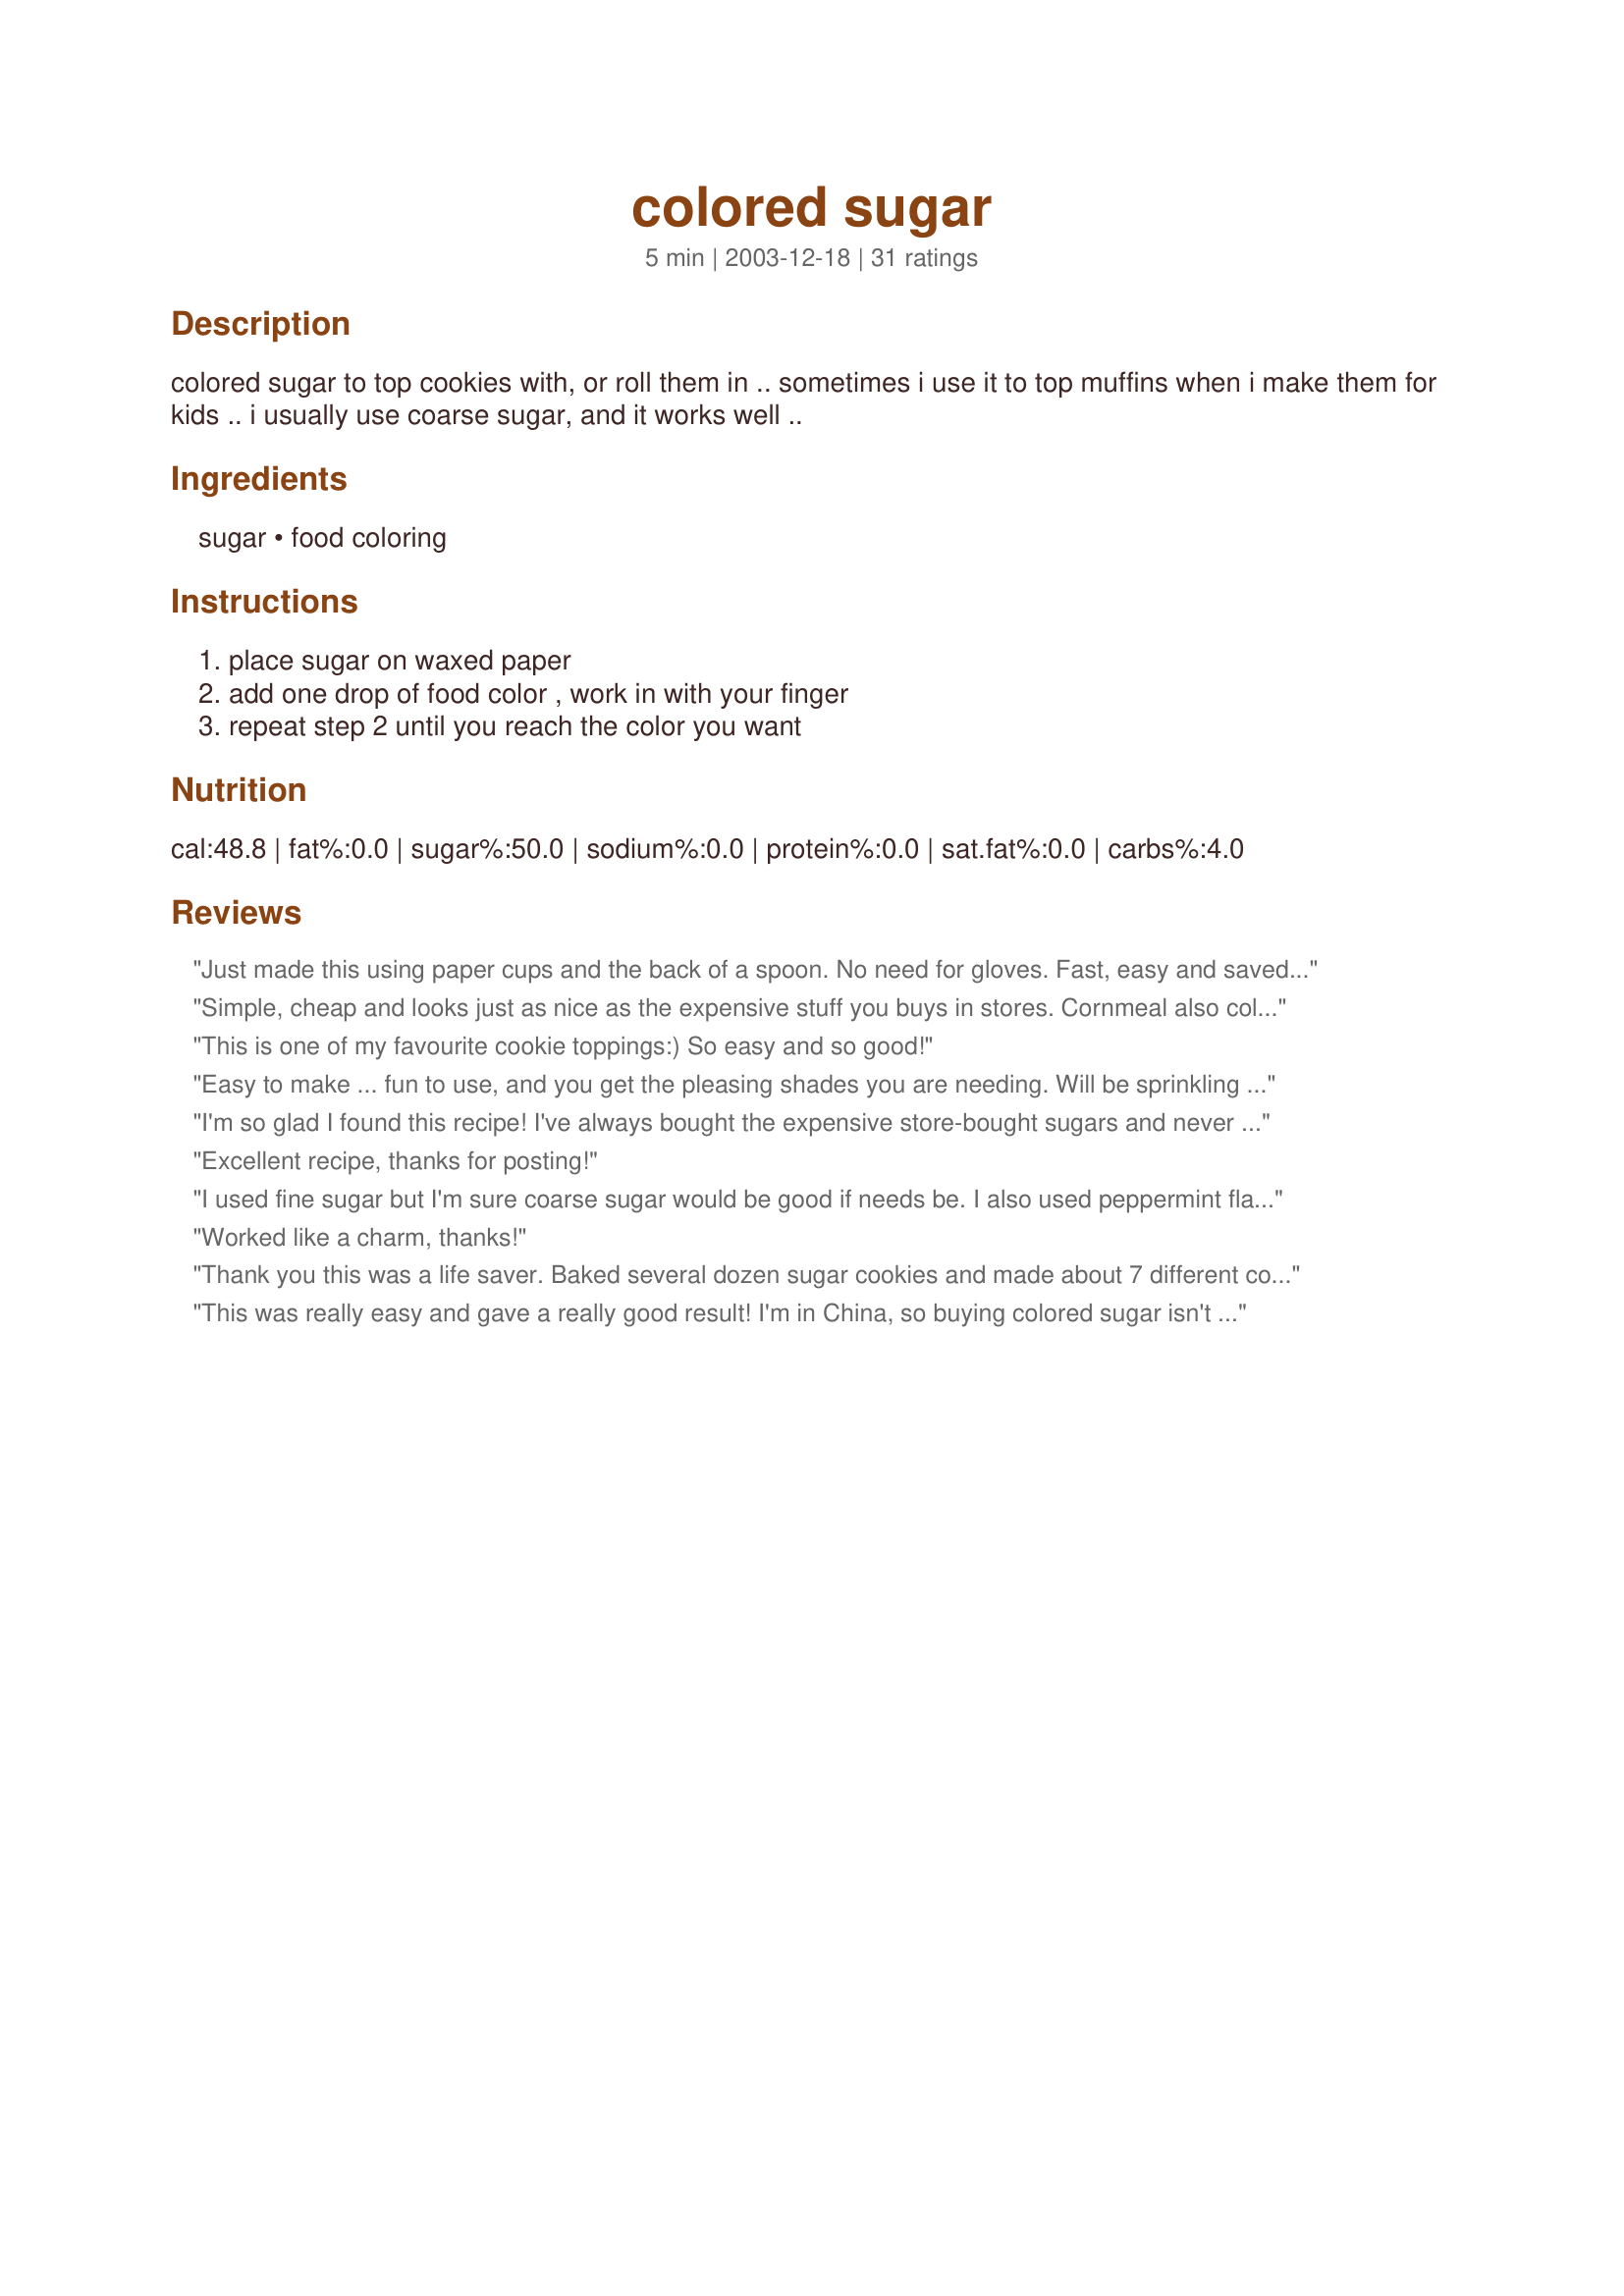
colored sugar
Preparation time: 5 minutes

colored sugar to top cookies with, or roll them in .. sometimes i use it to top muffins when i make them for kids .. i usually use coarse sugar, and it works well ..

Ingredients:
sugar, food coloring

Steps:
place sugar on waxed paper, add one drop of food color , work in with your finger, repeat step 2 until you reach the color you want

Reviews:
Just made this using paper cups and the back of a spoon. No need for gloves. Fast, easy and saved the day since sprinkles are hard to find where I live. Thanks!
UPDATE: Being a novice cook, I let my kids deco on the cookie sheet and thru it in the oven. The sugar that got spilled on the sheet burned and smoked up the kitchen. She lives and learns!!
Simple, cheap and looks just as nice as the expensive stuff you buys in stores. Cornmeal also colors easily for breads. I added red food coloring to 2 tablespoons of cornmeal and sprinkled on top of X and O shaped breadsticks for Valentines Day, they were prefect!
This is one of my favourite cookie toppings:) So easy and so good!
Easy to make ... fun to use, and you get the pleasing shades you are needing. Will be sprinkling this on my sugar cookies to add the festive look for the holiday season. Thanks for sharing najwa.
I'm so glad I found this recipe! I've always bought the expensive store-bought sugars and never even thought about trying to make my own. This recipe is so easy. I will never buy colored sugar again! Thanks you najwa for sharing this recipe!
Excellent recipe, thanks for posting!
I used fine sugar but I'm sure coarse sugar would be good if needs be. I also used peppermint flavouring and a plastic bag.
Worked like a charm, thanks!
Thank you this was a life saver. Baked several dozen sugar cookies and made about 7 different colors of sugar with my daughter. She was so excited to decorate the cookies with this sugar. Thank you.
This was really easy and gave a really good result! I'm in China, so buying colored sugar isn't an option. This will make my Christmas cookies much more colorful. I found that it helped to let it dry for a few hours before using, it sprinkled better that way.
So easy to make and compared to the prices they charge in the stores for coloured sugar, this has to be one of the best cooking "do-it-yourself" bargains around! I made light pink and baby blue sugar for topping sugar cookies with, for a baby shower.
thank you so very much for posting this recipe/hint at making your own colored sugar...
I now have so many different and pretty colors
really makes my christmas cookies look so pretty....
being that I am on a fixed income buying the colored sugar is not a option for me they are so expensive for what you get
I used the regular sugar I had and though I did have to let it sit for a little while before using that created no problem
it almost looks like glitter on the cookies..very pretty
I can't tell you how many diferent colors and shades of those colors I have but I am very glad I've kept many spice bottles their shakes tops really work wondeful for this...again thank you for sharing...
Much cheaper than buying it already colored. I usually mix mine in a bowl with the back of a spoon. Just as a drop at a time and mix well until you have the desired shade.
Wonderful and easy! I took the advice of InkyInkerton and used a plastic bag so I didn't get the food coloring all over my fingers. I used it on top of recipe #11345 and it was perfect!
Much cheaper than buying coloured sugar at the store! I just used a fork to mix in the colour in a small bowl and then put it on a cookie sheet lined with parchment to dry off before using them on Recipe #138985. Turned out looking fabulous! Thanks for posting.
I needed a bit of green sugar for decorating my cupcakes and this "did the trick." I mixed this up in my Magic Bullet.I used regular sugar and it "dyed" the marshmallow and the sugar didn't look sparkly, but for my project it was fine. I will try it with coarse sugar, too. This is a handy recipe to have. I certainly did not guess you could make colored sugar.
Roxygirl
Know why Louisianans love Lent? It's the prelude to Easter candy. Made this glitter for Eastery 'sugah cookies'.
This was great!!! I did green and red. I used it for snickerdoodles and sprinkled them on sugar cookies. Cant wait til I can try other colors!!!
Karen
My Granddaughter and I made 8 different colors Christmas Eve to sprinkle on Santa's cookies. Just put sugar in resealable bags, added the color and mixed. I was able to also use this on different small cakes to distinguish which was what flavor. Thanks najwa.
I was making sugar cookies and my husband asked where the colored sugar was. I didn't have any so I came to this site. This recipe worked perfectly. I put the ingredients in a cup and used a spoon to combine so I didn't get it on my fingers. Will be using this again
this is fantastic and SO simple! i also used a plastic bag for mixing to save my finger from being dyed and it was very quick and came out perfect! excellent for my st patrick's day sugar cookies ^__^
I would have never thought this could be so easy. I needed some red sugar to make Santa cookies (recipe#103175), so I just poured some regular sugar in a cleaned out cool whip container and added a little red food coloring, working it in until I got the shade I wanted, Then I could store any leftovers in the same container.
This worked out very nice for some sugar cookies I made today. Thanks, najwa!
This is very easy and looks just as pretty as the expensive stuff.
This is a great ,no , a really great idea. Thank you. I used course sugar, it took a bit more time to incorporate the color but the end product was that of proffesional coloured baking sugar.Thank you so much.
So easy and simple... And economical too! No need to buy that fancy, expensive decorative sugars you see in the high end cookware stores. I used red and green food coloring to make sugars to use in Reindeer Food for Santa's reindeer this Christmas. Thank you!
How easy is THIS? WONDERFUL! I can't buy coloured sugar here in NL, and even if I could, why bother? this is SO quick and easy to do yourself! I have several pairs of "food only" rubber gloves, one pair is kept for using food that colours or stains, like taumeric or beetroot or making coloured playdough. I just put on the gloves and sifted the drops of colour though the sugar with my fingers and presto, it was like magic :) A quick wash of the gloves and there was zero messy cleanup, and now I have several containers of coloured sugars to decorate my cookies with. Please see my rating system: 5 excellent stars for a mega fast and brilliantly easy recipe that takes my baking decoration to a whole new level. Thanks !
Thank goodness for your creativity! Colored sugar is expensive and I need to use a lot of it for my wedding favours: white chocolate dipped fortune cookies sprinkled with various colors. You rock!
Very exciting to be able to make this on my own whenever I need it. I try not to keep extra baking items on hand (small kitchen), so this really came in handy when I realized I had forgotten to pick up Christmas sprinkles. Easy, pretty and you can make as much or as little as you need. Thanks najwa!
najwa,Great Recipe!!! I used it for some cookies I made for bible school and they turned out great.Thanks,Darlene
